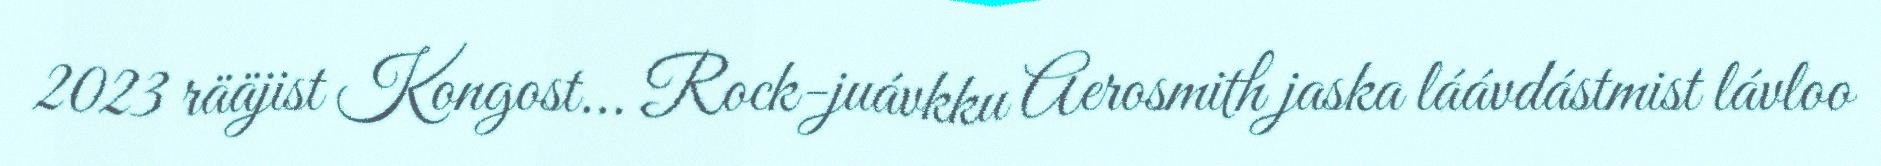
2023 rääjist Kongost... Rock-juávkku Aerosmith jaska láávdástmist lávloo